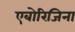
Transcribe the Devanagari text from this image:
एबोरिजिना